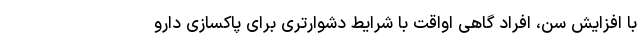
با افزایش سن، افراد گاهی اواقت با شرایط دشوارتری برای پاکسازی دارو